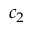
c _ { 2 }